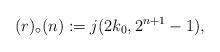
LaTeX: \begin{align*}(r)_\circ(n):=j(2k_0,2^{n+1}-1),\end{align*}